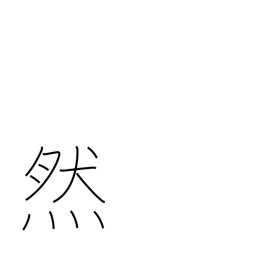
Meaning: so